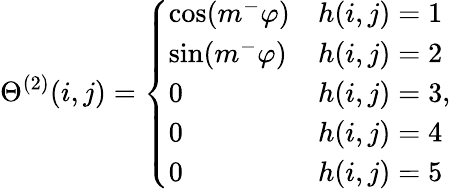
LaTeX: \Theta^{(2)}(i,j)=\left\{ \begin{array}{ll}{\cos(m^{-}\varphi)}&{h(i,j)=1}\\ {\sin(m^{-}\varphi)}&{h(i,j)=2}\\ {0}&{h(i,j)=3}\\ {0}&{h(i,j)=4}\\ {0}&{h(i,j)=5}\end{array}\right.,